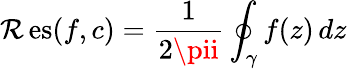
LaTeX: \operatorname{\mathcal{R}es}(f,c)={\frac{{1}}{{2\pii}}}\oint_{\gamma}f(z)\, dz